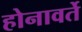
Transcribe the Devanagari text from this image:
होनावर्ते